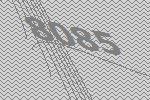
8085